Civil Veterinary Dept. North-West Frontier Province 1933-46 - 1933-1946
Year: 1933
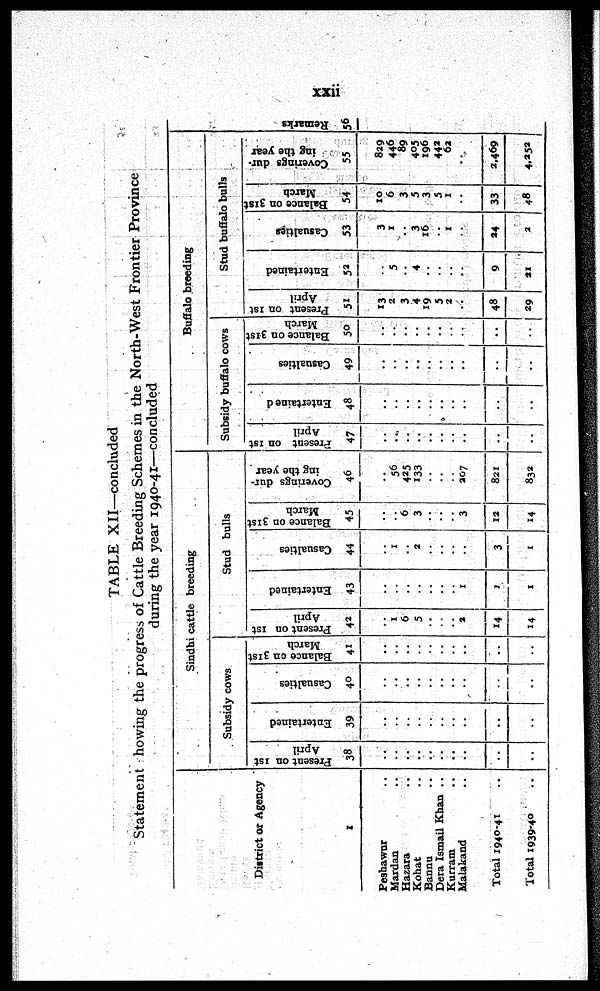
xxii
TABLE XII—concluded
Statement howing the progress of Cattle Breeding Schemes in the North-West Frontier Province
during the year 1940-41—concluded
District or Agency
1
Peshawar ..
Mardan ..
Hazara ..
Kohat ..
Bannu ..
Dera Ismail Khan ..
Kurram ..
Malakand ..
Total 1940-41 ..
Total 1939-40 ..
Sindhi cattle breeding
Subsidy cows
Present on 1st
April
38
..
..
..
..
..
..
..
..
..
Entertained
39
..
..
..
..
..
..
..
..
..
..
Casualties
40
..
..
..
..
..
..
..
..
..
..
Balance on 31st
March
41
..
..
..
..
..
..
..
..
..
..
Stud bulls
Present on 1st
April
42
..
1
6
5
..
..
..
2
14
14
Entertained
43
..
..
..
..
..
..
..
1
1
1
Casualties
44
..
1
2
..
..
..
..
3
1
Balance on 31st
March
45
..
6
3
..
3
12
14
Coverings dur-
ing the year
46
..
56
425
133
..
..
..
207
821
832
Buffalo breeding
Subsidy buffalo cows
Present on 1st
April
47
..
..
..
..
..
..
..
..
..
..
Entertained
48
..
..
..
..
..
..
..
..
..
..
Casualties
49
..
..
..
..
..
..
..
..
..
..
Balance on 31st
March
50
..
..
..
..
..
..
..
..
..
Stud buffalo bulls
Present on 1st
April
51
13
2
3
4
19
5
2
..
48
29
Entertained
52
..
5
..
4
..
..
..
..
9
21
Casualties
53
3
1
3
16
..
1
..
24
2
Balance on 31st
March
54
10
6
3
5
3
5
1
..
33
48
Coverings dur-
ing the year
55
829
446
89
405
196
442
62
..
2,469
4,252
Re ma r
ks
56